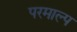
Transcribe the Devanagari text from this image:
परमाल्प